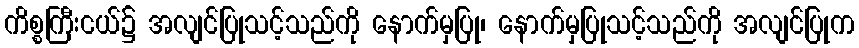
ကိစ္စကြီးငယ်၌ အလျင်ပြုသင့်သည်ကို နောက်မှပြု၊ နောက်မှပြုသင့်သည်ကို အလျင်ပြုက